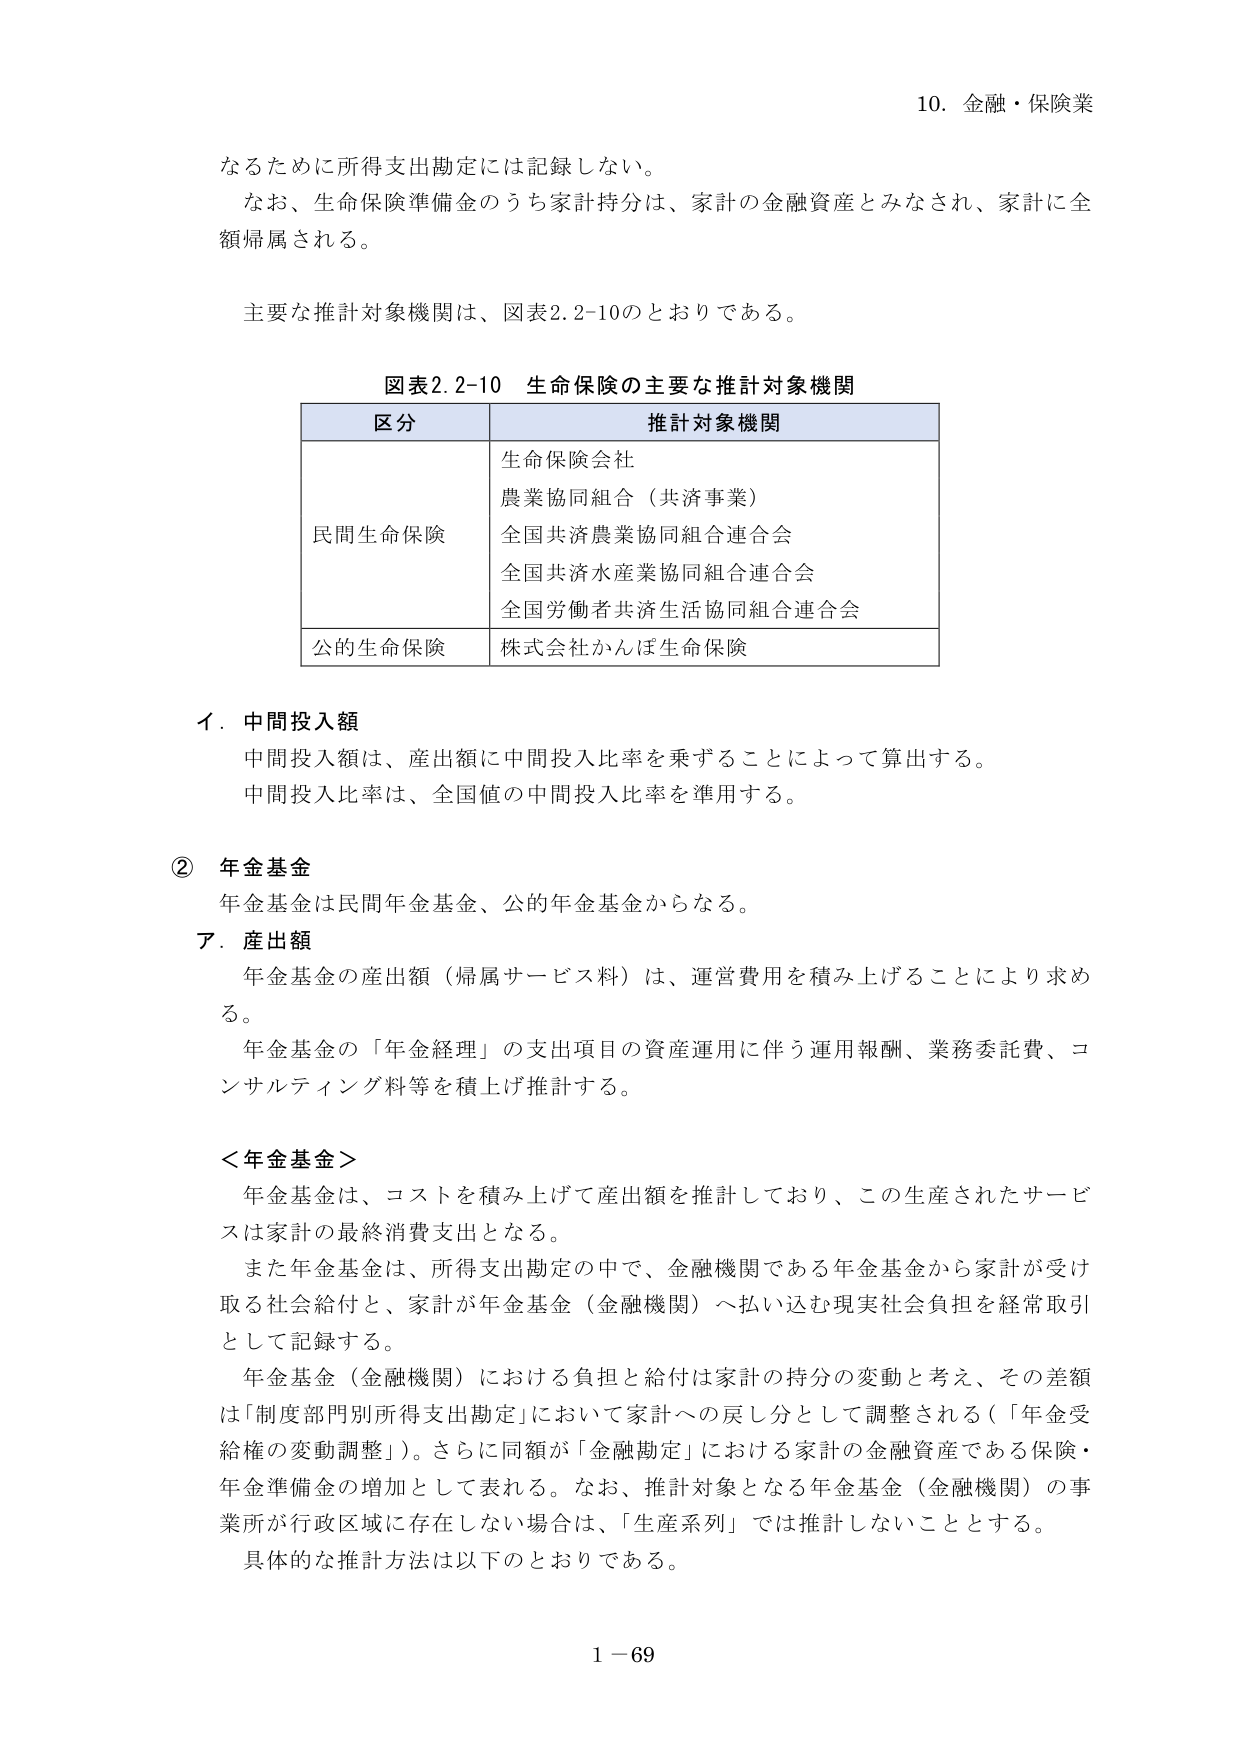
10. 金融・保険業

なるために所得支出勘定には記録しない。
なお、生命保険準備金のうち家計持分は、家計の金融資産とみなされ、家計に全額帰属される。

主要な推計対象機関は、図表2.2-10のとおりである。

図表2.2-10 生命保険の主要な推計対象機関

| 区分 | 推計対象機関 |
|------|--------------|
| 民間生命保険 | 生命保険会社<br>農業協同組合（共済事業）<br>全国共済農業協同組合連合会<br>全国共済水産業協同組合連合会<br>全国労働者共済生活協同組合連合会 |
| 公的生命保険 | 株式会社かんぽ生命保険 |

イ．中間投入額
中間投入額は、産出額に中間投入比率を乗ずることによって算出する。
中間投入比率は、全国値の中間投入比率を準用する。

② 年金基金
年金基金は民間年金基金、公的年金基金からなる。

ア．産出額
年金基金の産出額（帰属サービス料）は、運営費用を積み上げることにより求める。
年金基金の「年金経理」の支出項目の資産運用に伴う運用報酬、業務委託費、コンサルティング料等を積上げ推計する。

＜年金基金＞
年金基金は、コストを積み上げて産出額を推計しており、この生産されたサービスは家計の最終消費支出となる。
また年金基金は、所得支出勘定の中で、金融機関である年金基金から家計が受け取る社会給付と、家計が年金基金（金融機関）へ払い込む現実社会負担を経常取引として記録する。
年金基金（金融機関）における負担と給付は家計の持分の変動と考え、その差額は「制度部門別所得支出勘定」において家計への戻し分として調整される（「年金受給権の変動調整」）。さらに同額が「金融勘定」における家計の金融資産である保険・年金準備金の増加として表れる。なお、推計対象となる年金基金（金融機関）の事業所が行政区域に存在しない場合は、「生産系列」では推計しないこととする。
具体的な推計方法は以下のとおりである。

1－69